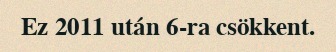
Ez 2011 után 6-ra csökkent.